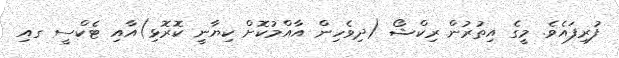
ފުރިފައެވެ. މީގެ އިތުރުން ރިކްޝޯ (ދިވެހިން އާއްމުކޮށް ކިޔާނީ ކޮރޮޅި)އާއި ޓެކްސީ ގއި